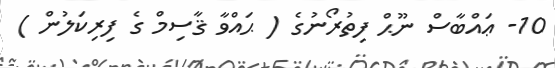
10- ޢައްބާސް ނޫޙް ފިތުރޯނުގެ ( ޙައްވާ ޤާސިމް ގެ ފިރިކަލުން )